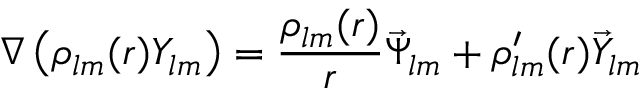
\nabla \left( \rho _ { l m } ( r ) Y _ { l m } \right) = \frac { \rho _ { l m } ( r ) } { r } \vec { \Psi } _ { l m } + \rho _ { l m } ^ { \prime } ( r ) \vec { Y } _ { l m }